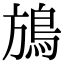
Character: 鴋